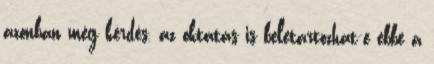
azonban még kérdés, az oktatás is beletartozhat-e ebbe a